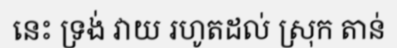
នេះ ទ្រង់ វាយ រហូតដល់ ស្រុក តាន់